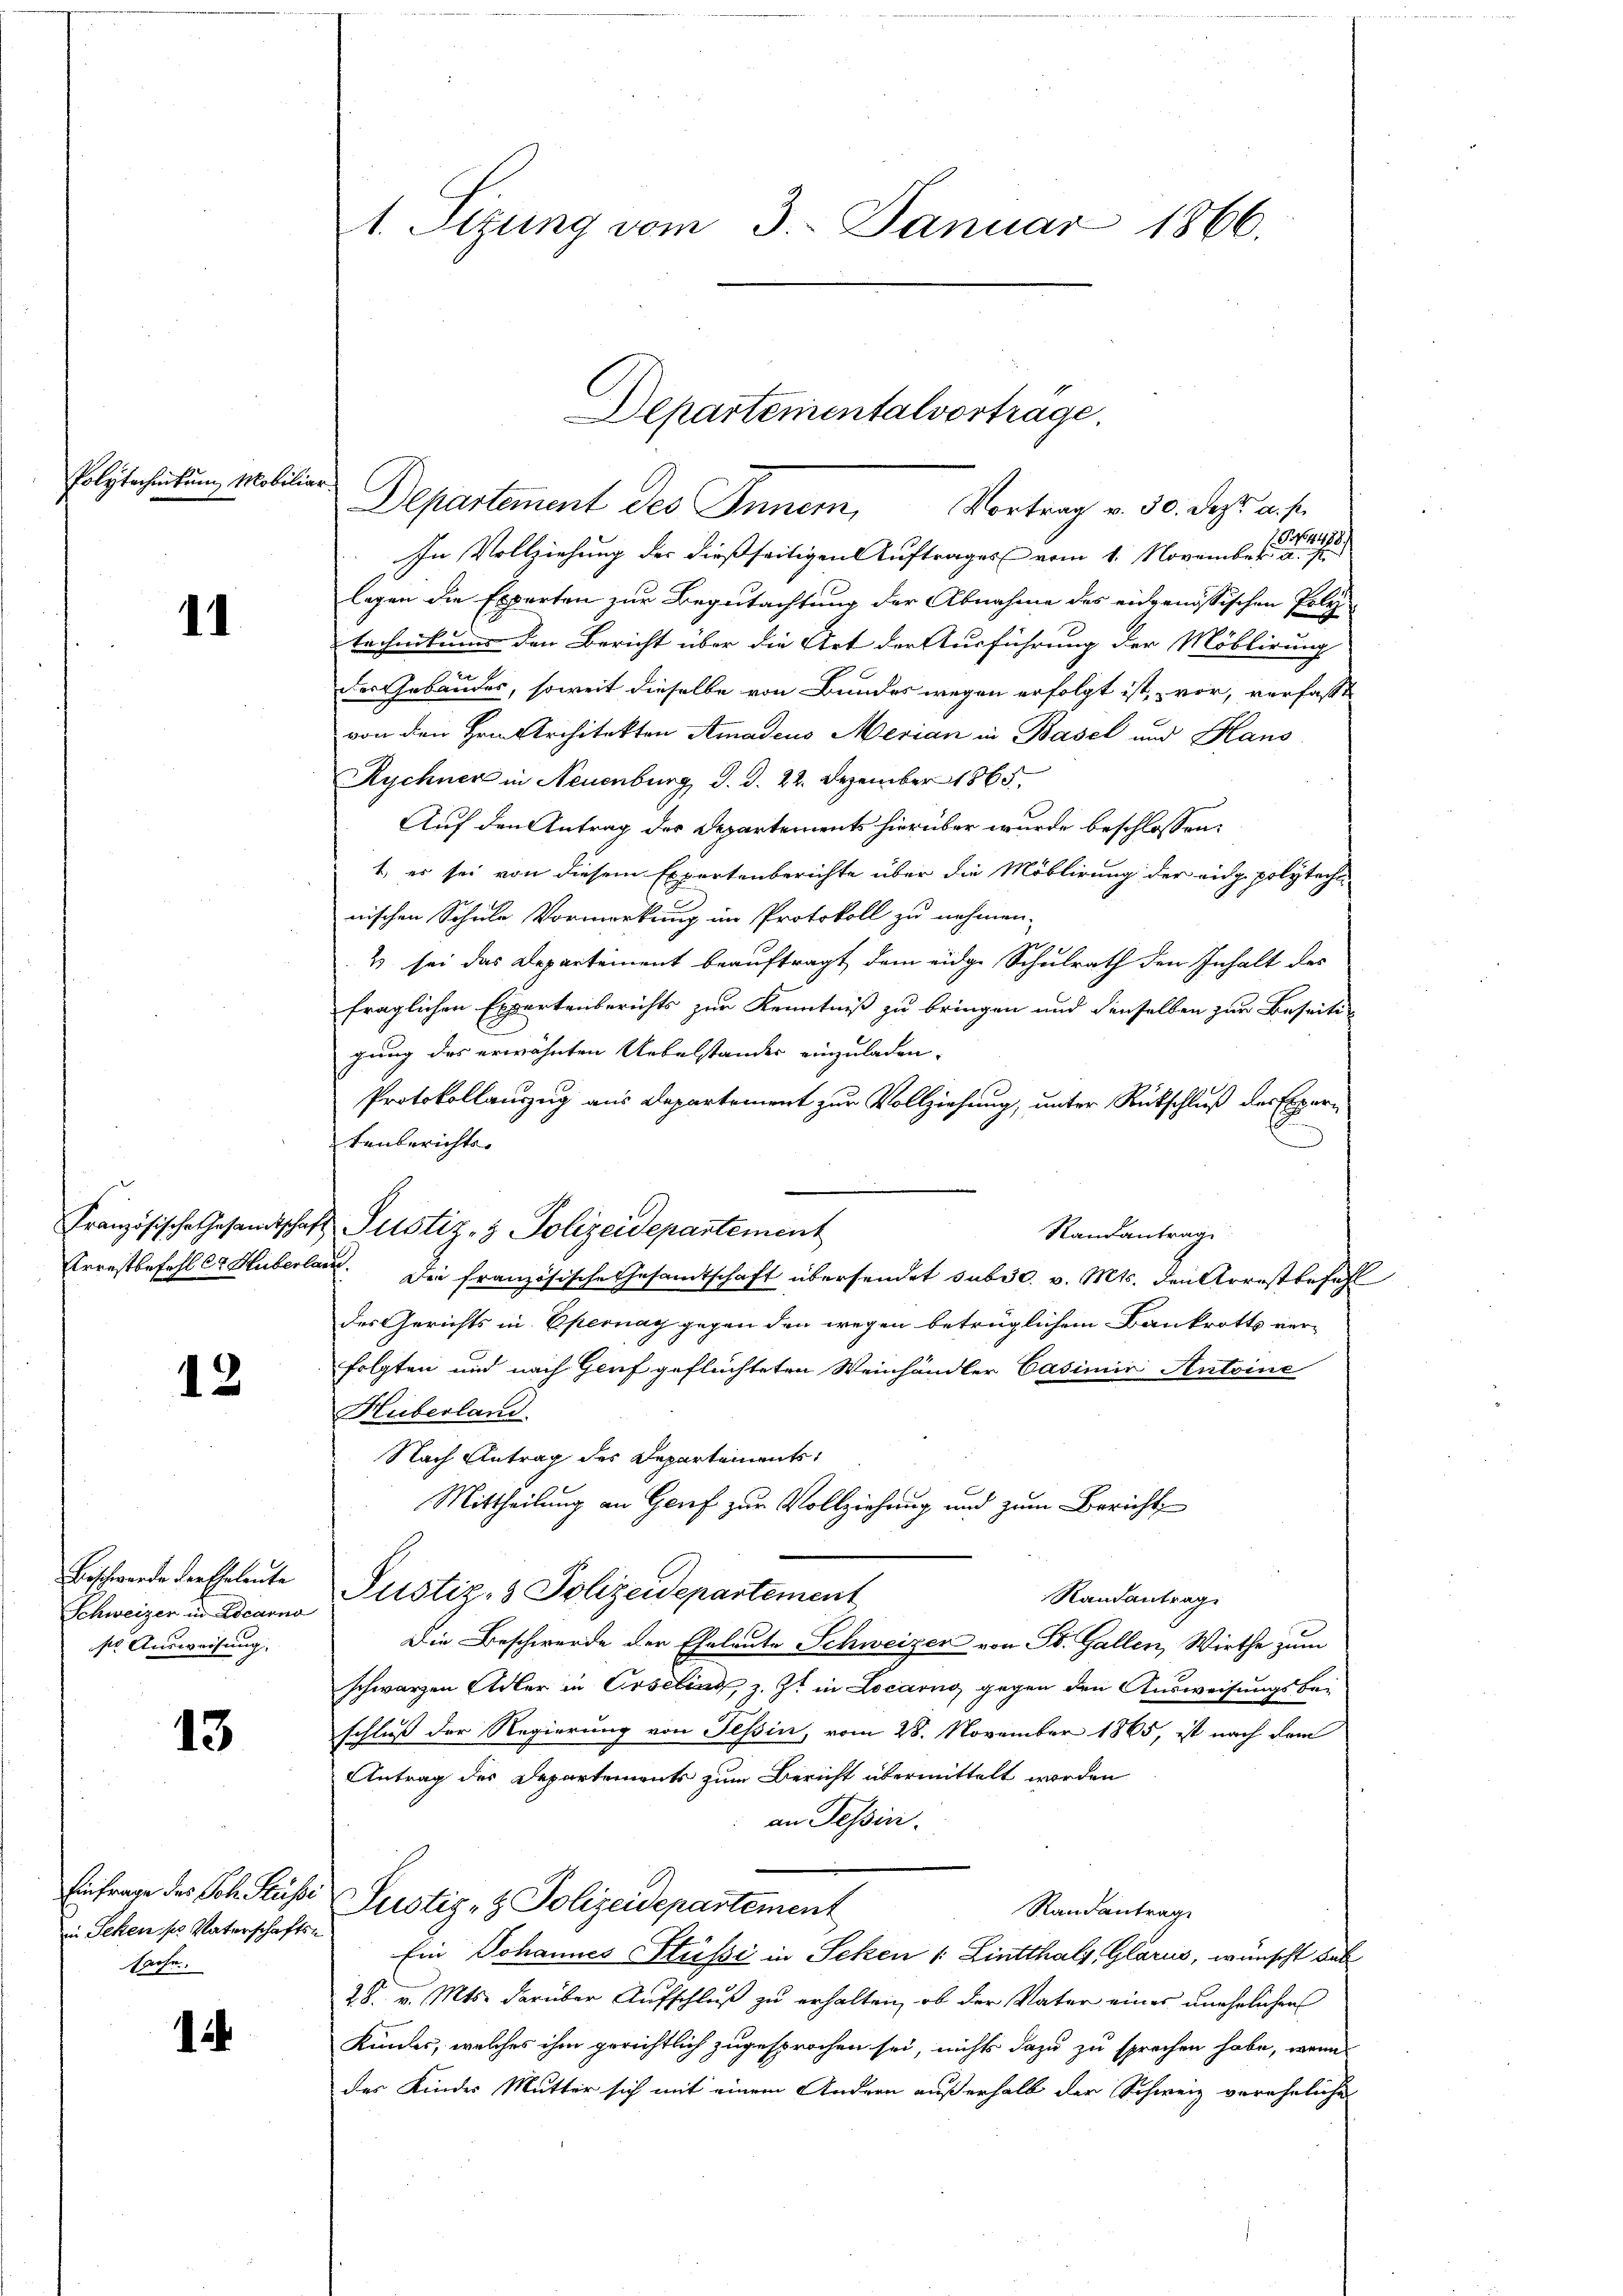
Polytechnikum Mobiliar.

11

12

Beschwerde der Eheleute
sr Ausweisung.

13

124

Departement des Inner, Vortrag v. 30. des aus
Nr. 498.
In Vollziehung der dießseitigen Auftrages vom 1. November a. s.
legen die Experten zur Begutachtung der Abnahme des eidgenössischen Poly
technikums den Bericht über die Art der Ausführung der Möblirung
der Gebäudes, soweit dieselbe von Bundes wegen erfolgt ist, vor, verfasst
von den Hrn. Architekten Amadeus Merian in Basel und Haus
Kychner in Neuenburg d. d. 22. Dezember 1865.
Auf den Antrag der Departements hierüber wurde beschlossen:
t, es sei von diesem Expertenberichte über die Möblirung der eidg polyteche
nischen Schule Vormerkung im Protokoll zu nehmen.
2 sei das Departement beauftragt, dem eidge Schulrath den Inhalt des
fraglichen Expertenberichts zur Kenntniß zu bringen und denselben zur Beseitigung des erwähnten Uebelstandes einzuladen,
Protokollauszug aus Departement zur Vollziehung, unter Rückschluß der Expertenberichte.
Französische Gesandtschaft Justiz- & Polizeidepantement
Randantrage
Arrestbefehl Cr Huberland. Die französische Gesamtschaft übersendet sub 30. v. Mts. den Arrestbefehl
des Gerichts in Epernay gegen den wegen betrüglichem Bankrotts verfolgten und nach Genf geflüchteten Weinhändler Casimir Antoine
Huberland.
Nach Antrag des Departements
Mittheilung an Genf zur Vollziehung und zum Bericht
Randantrag
Schweizer in Locarno Plistiz- & Polizeidepartement
Die Beschwerde der Eheleute Schweizer von St. Gallen, Wirthe zum
schwarzen Adler in Orselins, z. Zt. in Locarno gegen den Ausweisungsbei
schluß der Regierung von Tessin, vom 28. November 1865, ist nach dem
Antrag des Departements zum Bericht übermittelt worden
an Tessin.
Einfrage des Joh. Stüßi Justiz- & Polizeidepartement
Randantrage
Ein Johannes Stüssi in Schen 1 Lintthalt, Glarus, wünscht bal
28. v. Mts. darüber Aufschluß zu erhalten, ob der Vater eines unehelichen
Kindes, welches ihm gerichtlich zugesprochen sei, nichts dazu zu sprechen habe, wenn
des Kindes Mutter sich mit einem Andern außerhalb der Schweiz vereheliche

in Schen ses Vaterschafts-
sache.

1. Sizung vom 3. Januar 1866.

Departementalvortrage.